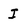
Character: I